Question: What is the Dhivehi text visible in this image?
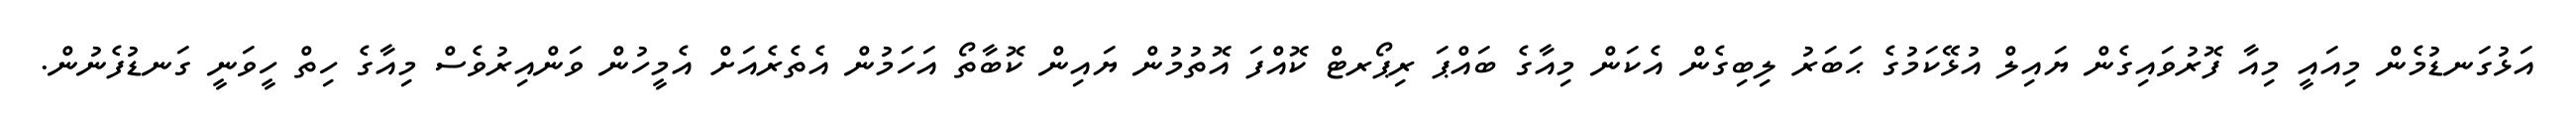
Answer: އަޅުގަނޑުމެން މިއައީ މިއާ ފޮރުވައިގެން ޔައިލް އުޅޭކަމުގެ ޙަބަރު ލިބިގެން އެކަން މިއާގެ ބައްޕަ ރިޕޯރޓް ކޮއްފަ އޮތުމުން ޔައިން ކޮބާތޯ އަހަމުން އެތެރެއަށް އެމީހުން ވަންއިރުވެސް މިއާގެ ހިތް ހީވަނީ ގަނޑުފެނުން.